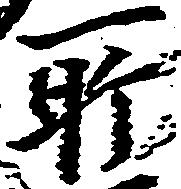
所